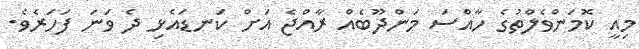
މިއީ ކޮމަންވެލްތުގެ ހާއްސަ މަންދޫބެއް ރާއްޖެ އަށް ކަނޑައެޅި ދެ ވަނަ ފަހަރެވެ.